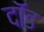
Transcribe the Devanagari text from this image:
दॉड